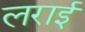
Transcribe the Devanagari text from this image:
लराई